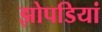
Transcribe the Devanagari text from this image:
झोपडियां